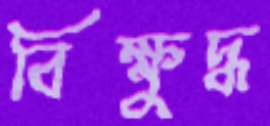
বিক্ষুদ্ধ